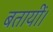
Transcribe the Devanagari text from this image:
बतायीं।